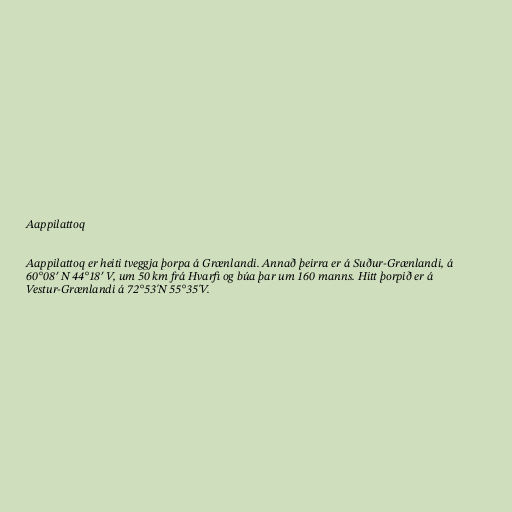
Aappilattoq

Aappilattoq er heiti tveggja þorpa á Grænlandi. Annað þeirra er á Suður-Grænlandi, á
60°08′ N 44°18′ V, um 50 km frá Hvarfi og búa þar um 160 manns. Hitt þorpið er á
Vestur-Grænlandi á 72°53'N 55°35'V.